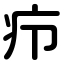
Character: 疖